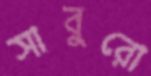
সাবুরো